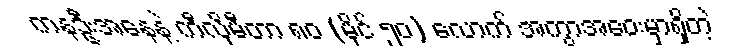
ကနဦးအနေနဲ့ ကီလိုမီတာ ၈၀ (မိုင် ၅၀) လောက် အကွာအဝေးမှာရှိတဲ့